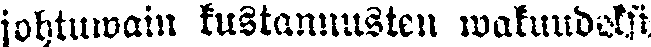
johtuwain kustannusten wakuudeksi.